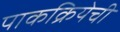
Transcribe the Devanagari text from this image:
पाकक्रियेची